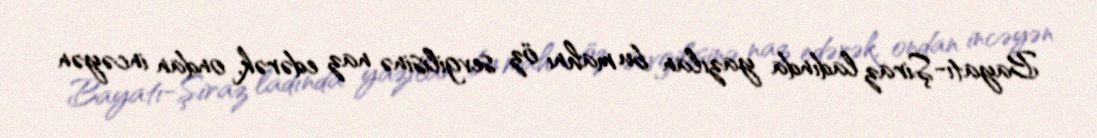
Bayatı-Şiraz ladında yazılan bu mahnı öz sevgilisinə naz edərək, ondan incəyən